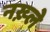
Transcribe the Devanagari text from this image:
नख़्ले